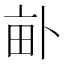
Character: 𤱈